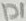
Text: D1